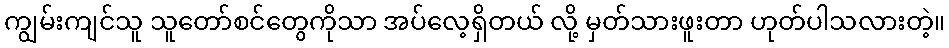
ကျွမ်းကျင်သူ သူတော်စင်တွေကိုသာ အပ်လေ့ရှိတယ် လို့ မှတ်သားဖူးတာ ဟုတ်ပါသလားတဲ့။